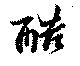
酷